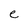
Character: e